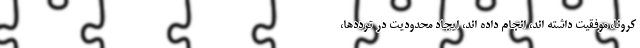
کرونا، موفقیت داشته اند، انجام داده اند، ایجاد محدودیت در ترددها،